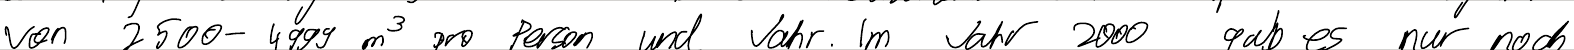
von 2500-4999 m^3 pro Person und Jahr. Im Jahr 2000 gab es nur noch